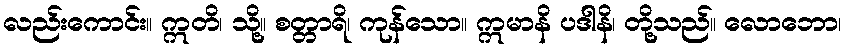
လည်းကောင်း။ ဣတိ၊ သို့။ စတ္တာရိ၊ ကုန်သော။ ဣမာနိ ပဒါနိ၊ တို့သည်။ လောဘော၊